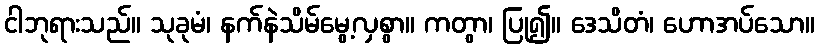
ငါဘုရားသည်။ သုခုမံ၊ နက်နဲသိမ်မွေ့လှစွာ။ ကတွာ၊ ပြု၍။ ဒေသိတံ၊ ဟောအပ်သော။